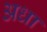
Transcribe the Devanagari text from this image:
अधा